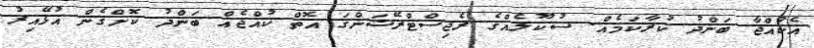
އެކުއްޖާ ބަންދު ކުރާކަމެއް. ސުކޫލެއްގެ ރެޖިސްޓްރޭޝަންގަ އޮތް ކުއްޖެއް ބަންދު ކޮށްގެން އުޅޭއިރު